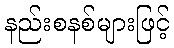
နည်းစနစ်များဖြင့်